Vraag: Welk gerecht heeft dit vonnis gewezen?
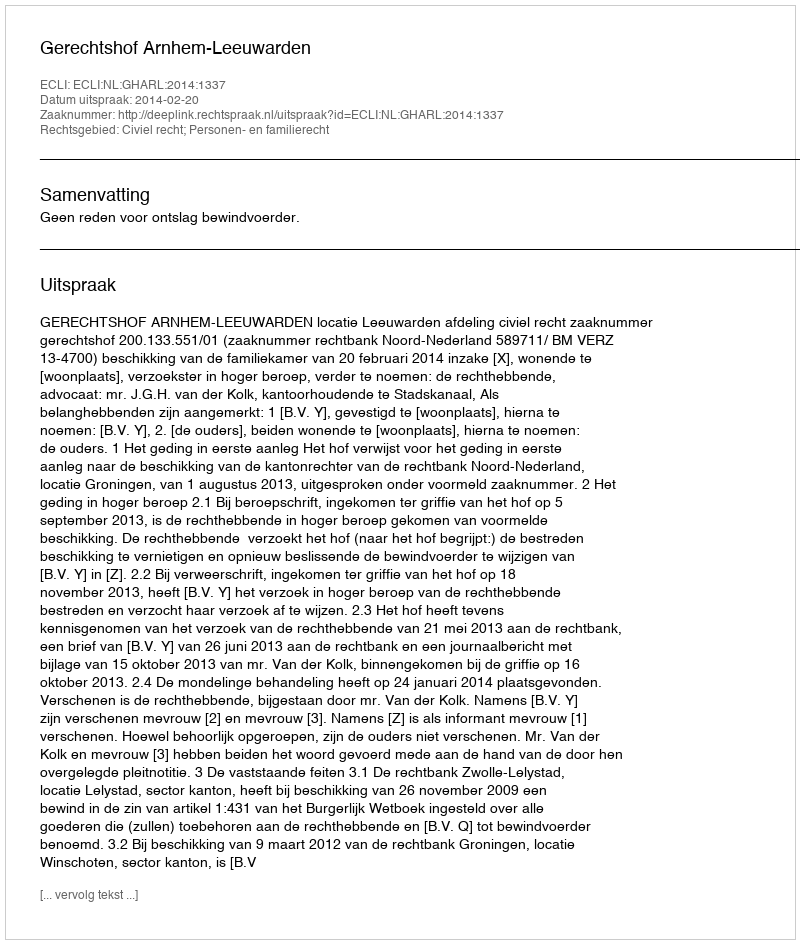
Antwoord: Gerechtshof Arnhem-Leeuwarden